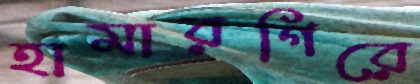
হামারগিরে